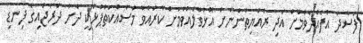
ފަސާދަ އުފެއްދެވުމަށް އަދި ރައްޔިތުންނަަށް އޮޅުވާލެއްވުމަށް ކުރައްވާ މަސައްކަތްޕުޅަކީ ދަށު ދަރަޖައިގެ ފިނޑި